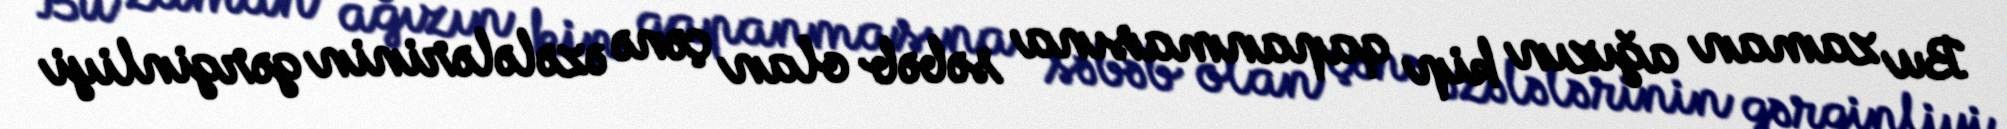
Bu zaman ağızın kip qapanmasına səbəb olan çənə əzələlərinin gərginliyi